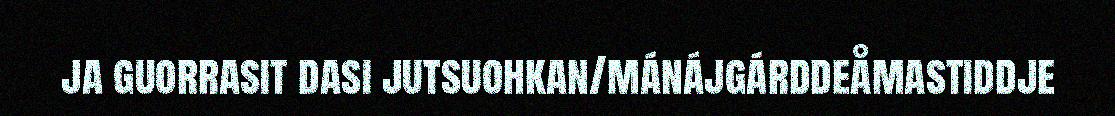
ja guorrasit dasi jutsuohkan/mánájgárddeåmastiddje